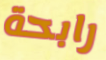
رابحة